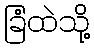
ခြံထဲသို့